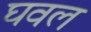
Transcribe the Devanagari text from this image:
घवल